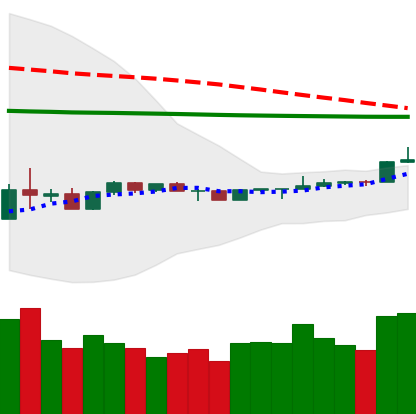
Ticker: LTC-USD
Chart end date: 2020-04-07
Forward return: -4.965%
Label: down_3_5